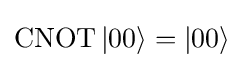
{\textstyle \operatorname {CNOT} |00\rangle =|00\rangle }